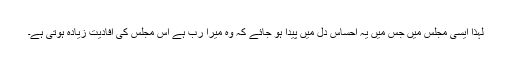
لہذا ایسی مجلس میں جس میں یہ احساس دل میں پیدا ہو جائے کہ وہ میرا رب ہے اس مجلس کی افادیت زیادہ ہوتی ہے۔